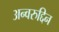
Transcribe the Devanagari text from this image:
अन्वरुद्दिन